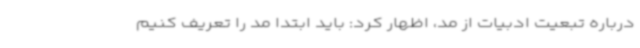
درباره تبعیت ادبیات از مد، اظهار کرد: باید ابتدا مد را تعریف کنیم